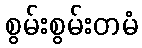
စွမ်းစွမ်းတမံ